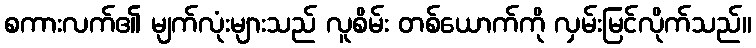
စကားလက်၏ မျက်လုံးများသည် လူစိမ်း တစ်ယောက်ကို လှမ်းမြင်လိုက်သည်။